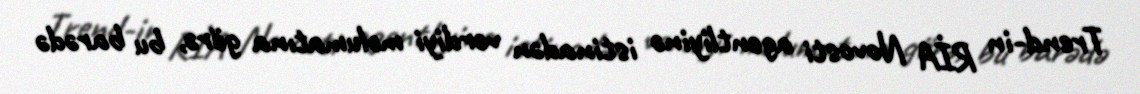
Trend-in RİA Novosti agentliyinə istinadən verdiyi məlumatına görə, bu barədə